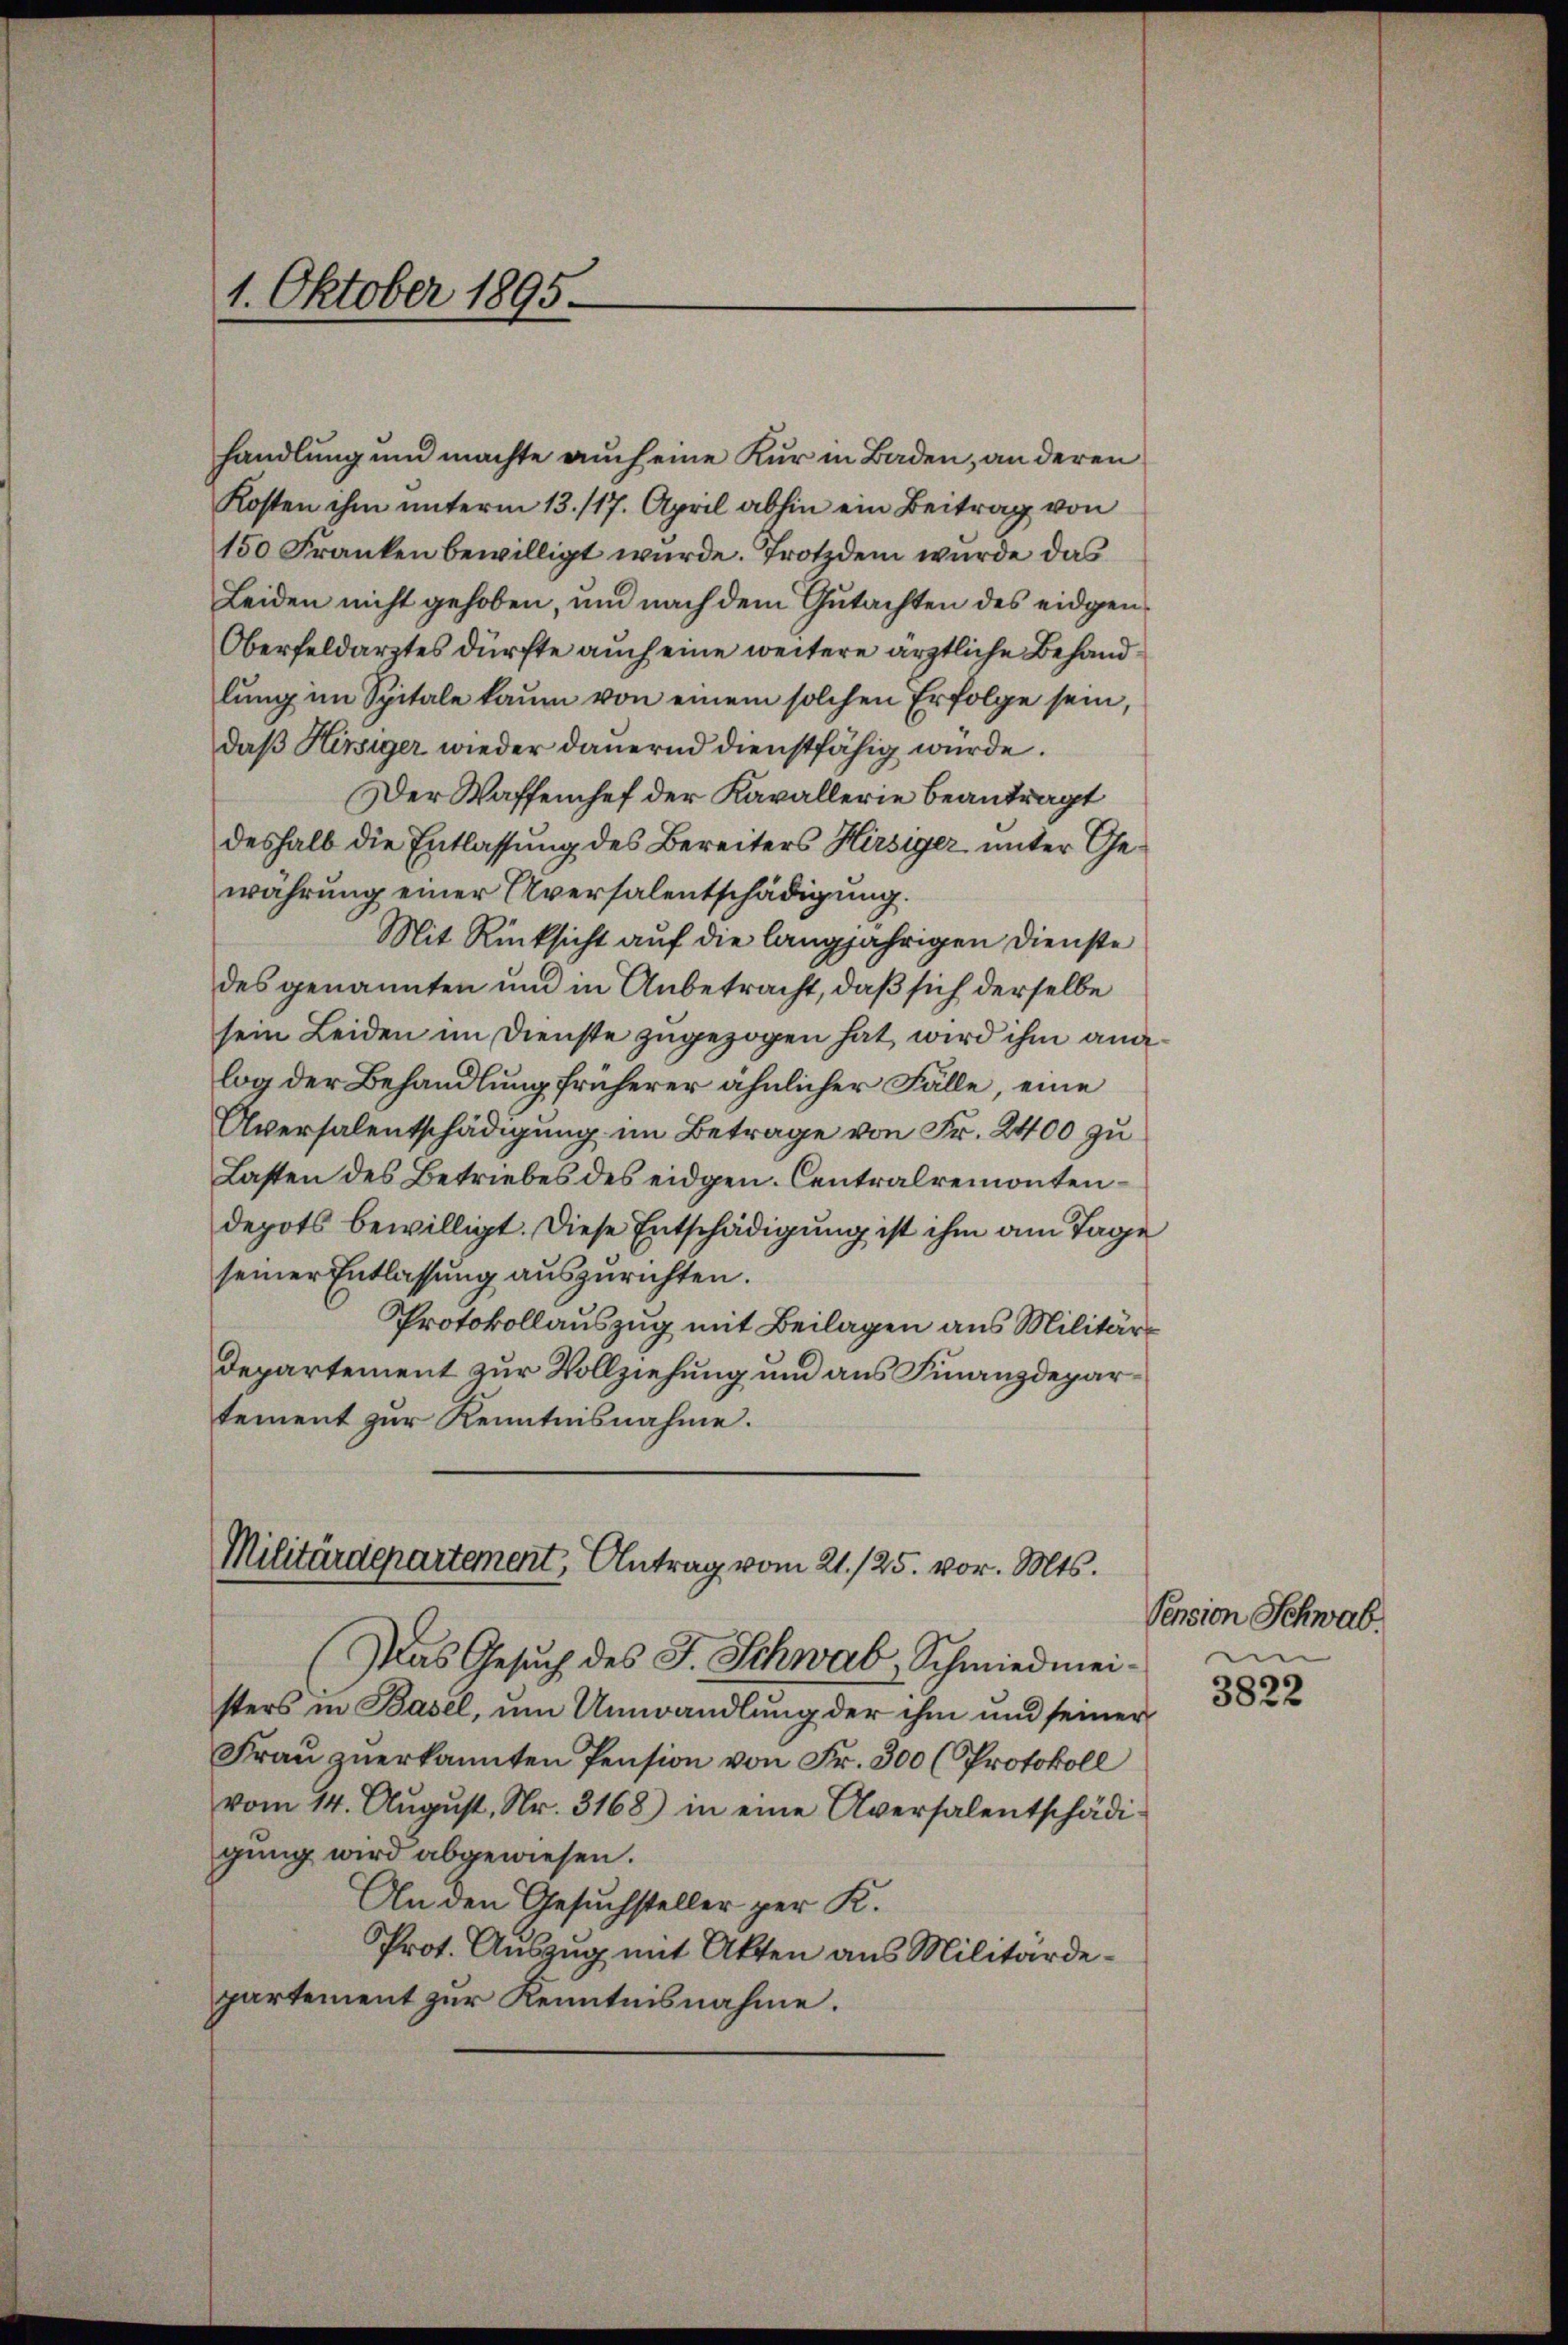
1. Oktober 1895.

handlung und machte auch eine Kur in Baden, an deren
Kosten ihm unterm 13. 117. April abhin ein Beitrag von
150 Franken bewilligt wurde. Trotzdem wurde das
Leiden nicht gehoben, und nach dem Gutachten des eidgen¬
Oberfeldarztes dürfte auch eine weitere ärztliche Behandlŭng im Spitale kaum von einem solchen Erfolge sein,
daß Hinsiger wieder dauernd dienstfähig wurde.
Der Waffenhef der Kavallerie beantragt
deshalb die Entlassung des Bereiters Hirsiger unter Gewahrung einer Aversalentschädigung.
Mit Rücksicht auf die langjährigen Dienste
des genannten und in Anbetracht, daß sich derselbe
sein Leiden im Dienste zugezogen hat, wird ihm angelog der Behandlung früherer ähnlicher Fälle, eine
Aversalentschädigung im Betrage von Fr. 2400 zu
Lasten des Betriebes des eidgen. Centralremontendepots bewilligt. Diese Entschädigung ist ihm am Tage
seiner Entlassung auszurichten.
Protokollauszug mit Beilagen aus Militär
Departement zur Vollziehung und aus Finanzdepartement zur Kenntnisnahme.
Militärdepartement, Antrag vom 21. 125. vor. Mts.
(Das Gesuch des J. Schwab, Schmiedmeisters in Basel, um Umwandlung der ihm und seiner
Fraŭ zŭerkannten Pension von Fr. 300 (Protokoll
vom 14. Aŭgŭst, Nr. 3168) in eine Aversalentschädi-
gung wird abgewiesen.
An den Gesuchsteller per K.
Prot. Auszug mit Akten aus Militärdepartement zur Kenntnisnahme.

Pension Schwab.
.
3822